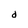
Character: d